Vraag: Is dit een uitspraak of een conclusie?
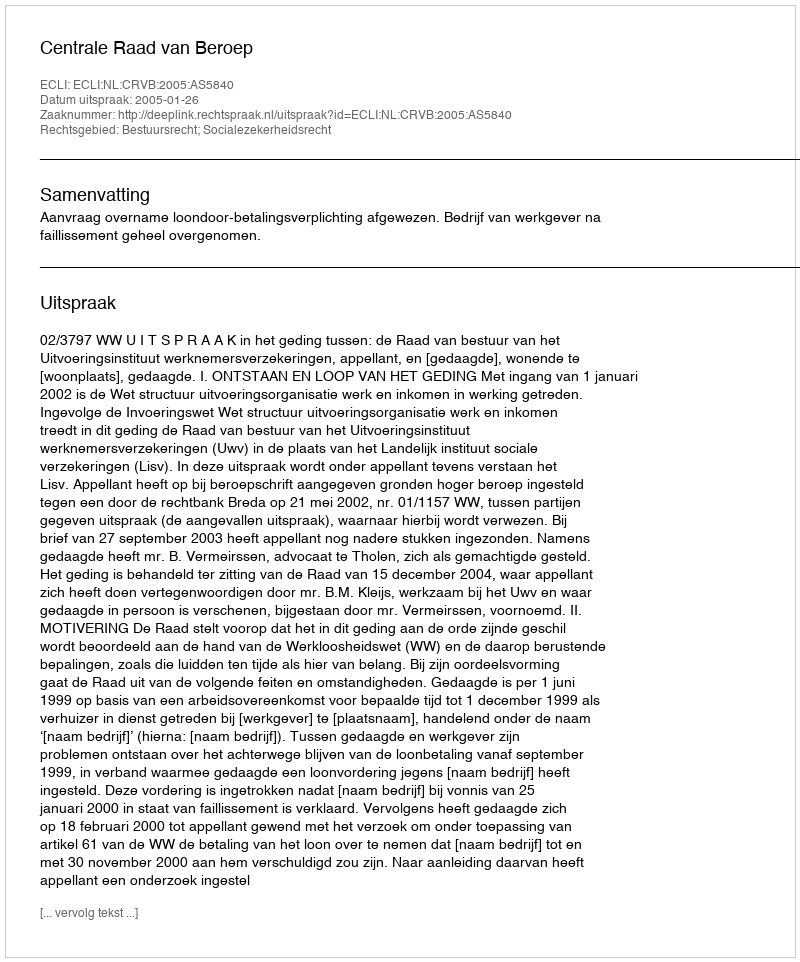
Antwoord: Uitspraak